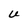
Character: U